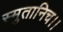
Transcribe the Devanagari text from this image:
स्मुतानिच।।